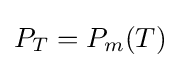
P_{T}=P_{m}(T)